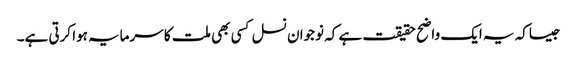
جیساکہ یہ ایک واضح حقیقت ہے کہ نوجوان نسل کسی بھی ملت کا سرمایہ ہوا کرتی ہے۔